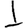
Digit: 1